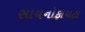
સાયનોફાયટા